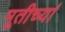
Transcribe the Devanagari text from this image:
मूतीर्च्या